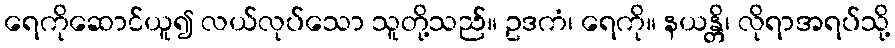
ရေကိုဆောင်ယူ၍ လယ်လုပ်သော သူတို့သည်။ ဥဒကံ၊ ရေကို။ နယန္တိ၊ လိုရာအရပ်သို့